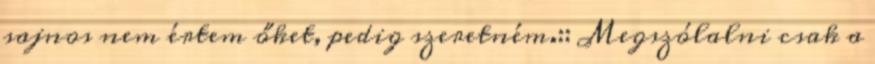
sajnos nem értem őket, pedig szeretném.:: Megszólalni csak a